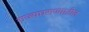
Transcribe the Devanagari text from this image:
राज्यघराण्यातील